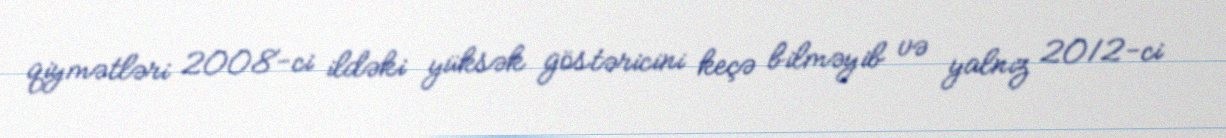
qiymətləri 2008-ci ildəki yüksək göstəricini keçə bilməyib və yalnız 2012-ci